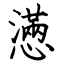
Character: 懣